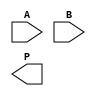
module dadda_multiplier #(parameter N = 4) (
    input [N-1:0] A,
    input [N-1:0] B,
    output reg [2*N-1:0] P
);
    // Internal signals for partial products
    wire [N-1:0] pp [0:N-1]; // Partial products
    wire [N-1:0] sum [0:N-1]; // Sums of groups
    wire [N:0] carry [0:N-1]; // Carry bits

    // Step 1: Generate Partial Products
    genvar i, j;
    generate
        for (i = 0; i < N; i = i + 1) begin : partial_products
            assign pp[i] = A & {N{B[i]}};
        end
    endgenerate

    // Step 2: Dadda Reduction Tree
    // Stage 1: Group into sets of 3
    integer k;
    always @(*) begin
        // Initialize sums and carries
        for (k = 0; k < N; k = k + 1) begin
            sum[k] = 0;
            carry[k] = 0;
        end

        // Combine partial products into sums and carries
        for (k = 0; k < N; k = k + 1) begin
            if (k < N - 1) begin
                sum[k] = pp[k][0] + pp[k+1][0] + pp[k+2][0];
                carry[k+1] = {pp[k][1], pp[k+1][1], pp[k+2][1]};
            end
        end

        // Continue combining until two rows are left
        // Stage 2 and Final Stage
        P = 0;
        for (k = 0; k < N; k = k + 1) begin
            P = P + (sum[k] << k);
        end
    end

endmodule